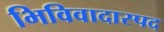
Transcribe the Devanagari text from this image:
भिविवादास्पद